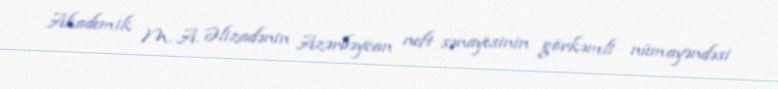
Akademik M. A. Əlizadənin Azərbəycan neft sənayesinin görkəmli nümayəndəsi